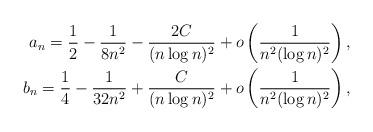
LaTeX: \begin{align*} a_n = \frac{1}{2} - \frac{1}{8n^2} - \frac{2C}{(n\log n)^2} + o\left(\frac{1}{n^2(\log n)^2}\right),\\ b_n = \frac{1}{4} - \frac{1}{32n^2} + \frac{C}{(n \log n)^2} + o\left(\frac{1}{n^2(\log n)^2}\right), \end{align*}